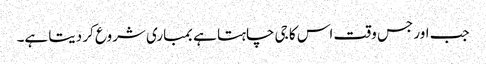
جب اور جس وقت اس کا جی چاہتا ہے بمباری شروع کر دیتا ہے۔